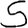
Digit: 5